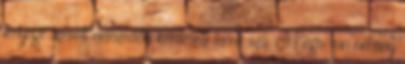
lényege szerint nemzedéki kérdésről lenne szó. Mégis van néhány